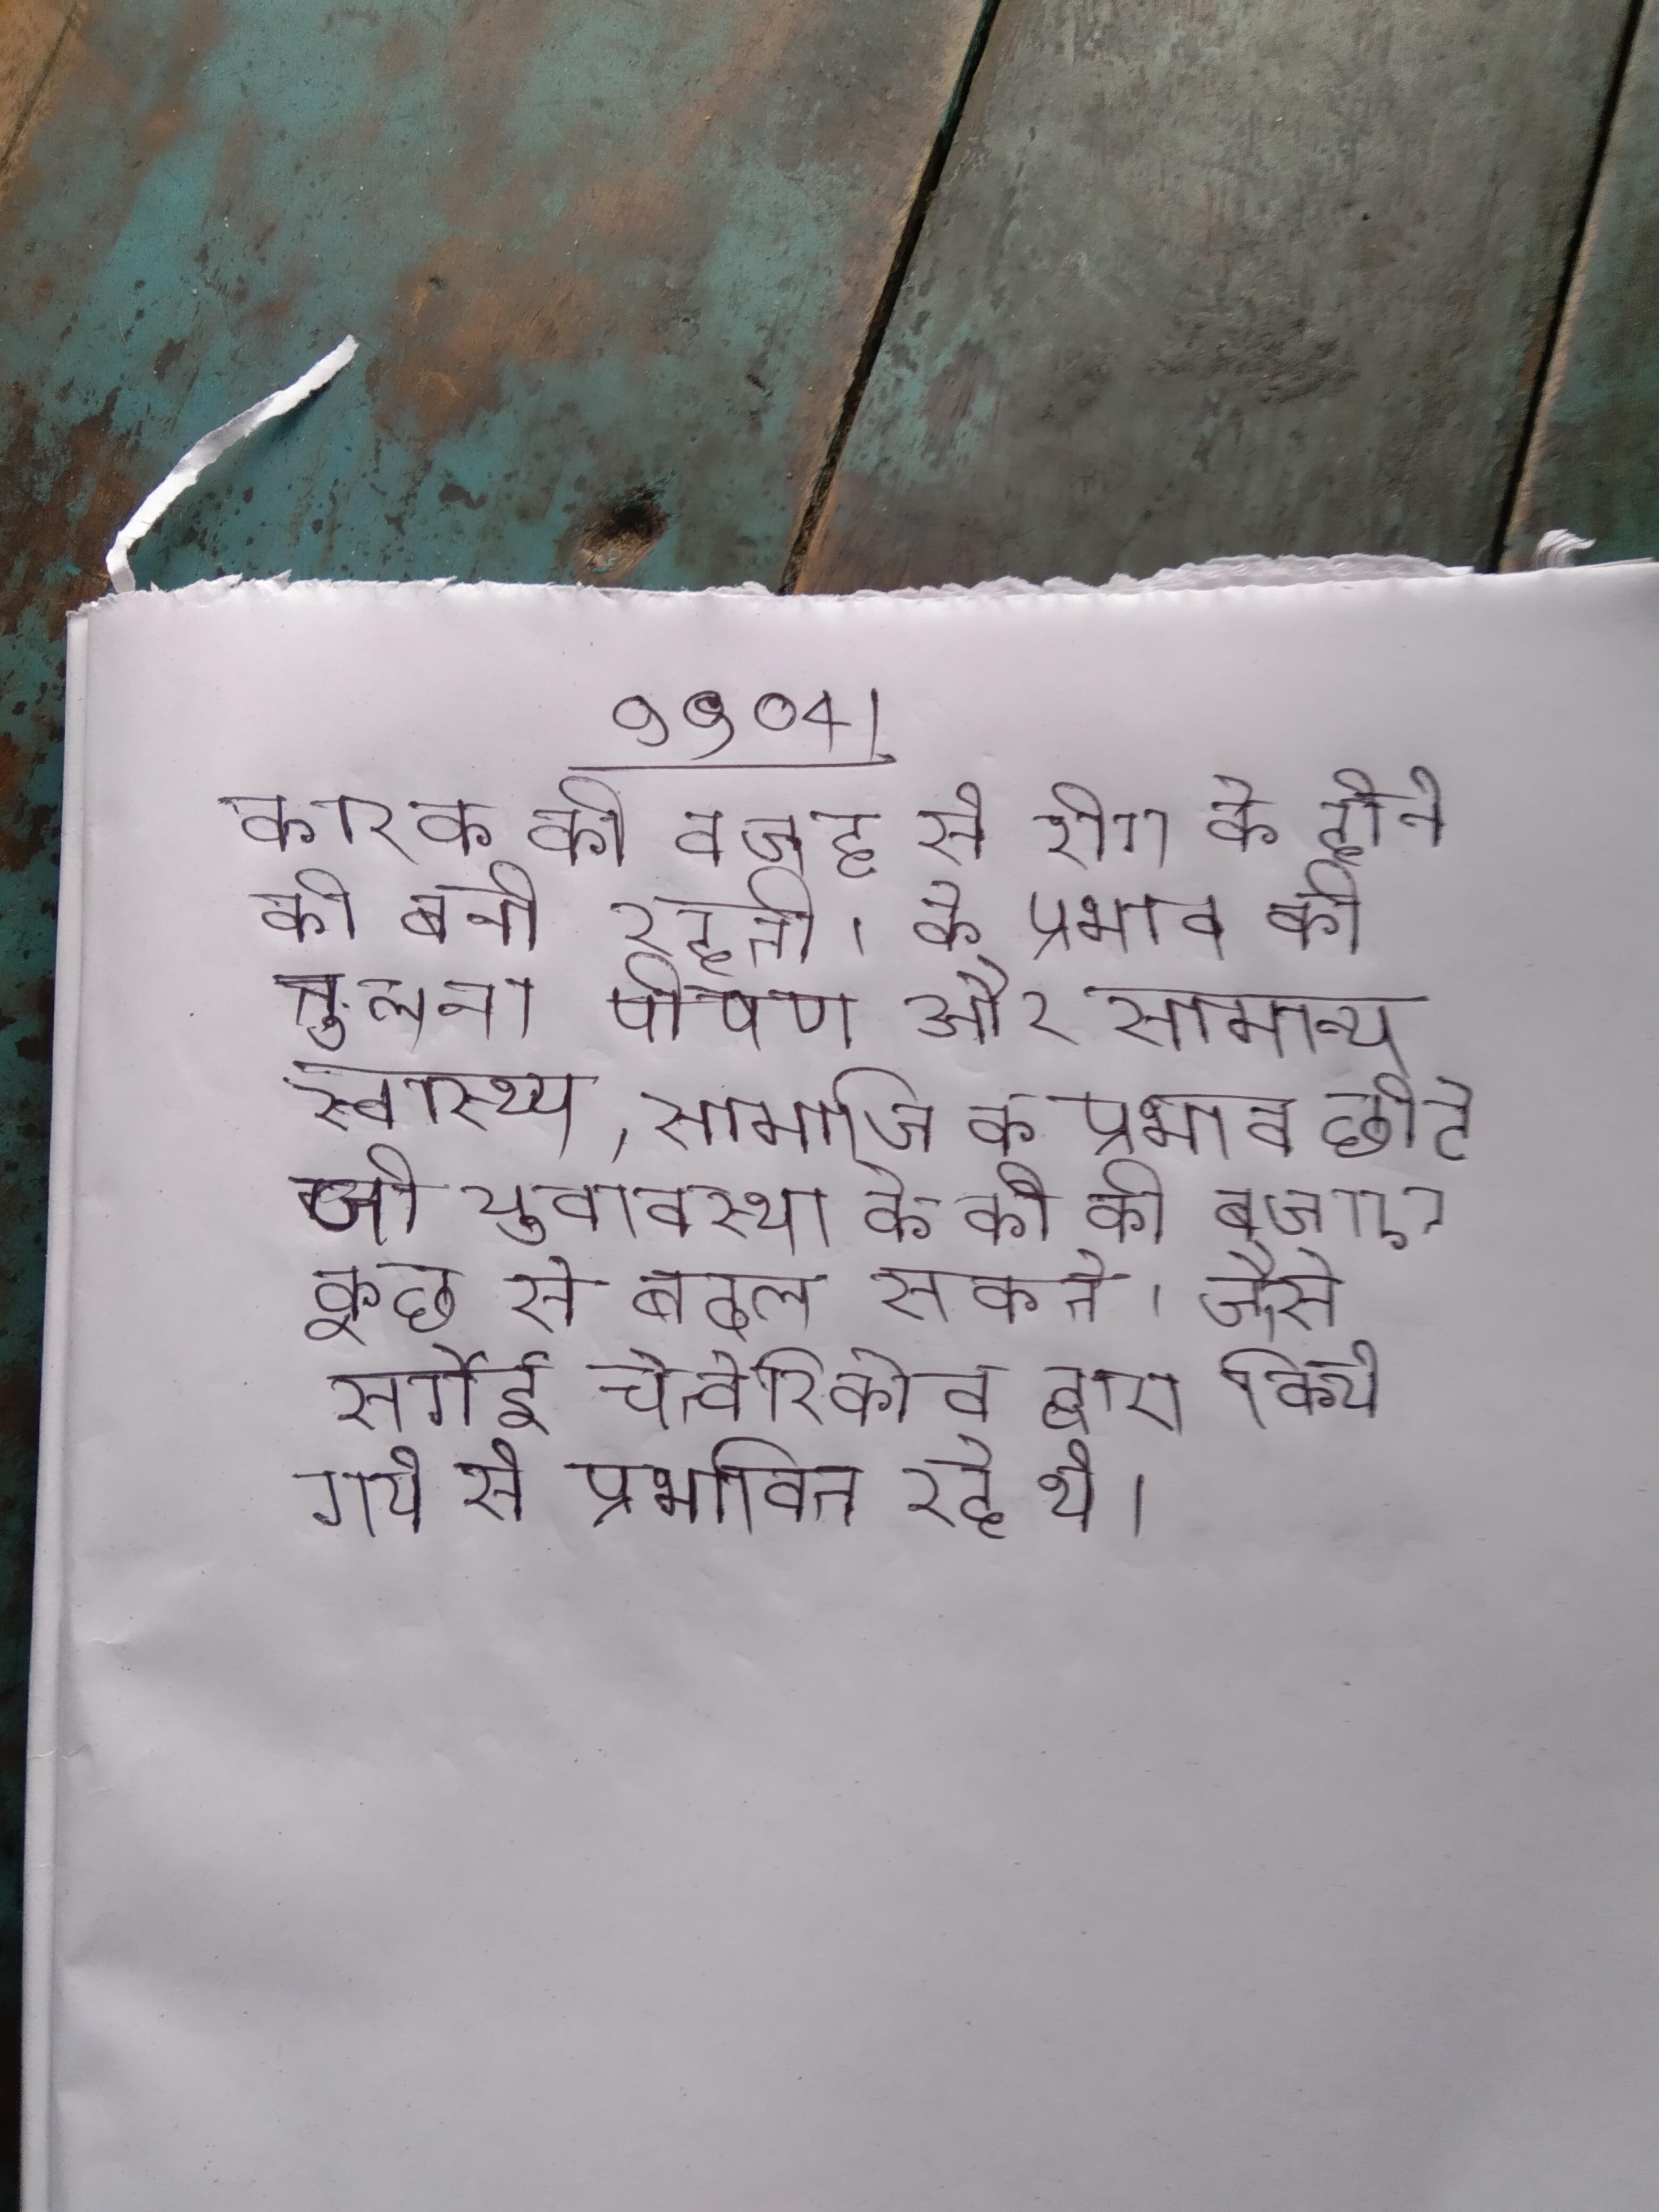
कारक की वजह से रोग के होने की बनी रहती । के प्रभाव की तुलना पोषण और सामान्य स्वास्थ्य, सामाजिक प्रभाव छोटे जो युवावस्था के को की बजाए कुछ से बदल सकते । जैसे सर्गेई चेत्वेरिकोव द्वारा किये गये से प्रभावित रहे थे ।